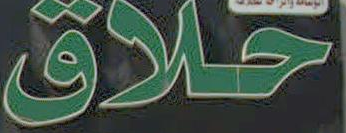
حلاق